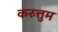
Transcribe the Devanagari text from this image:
करुत्तुम